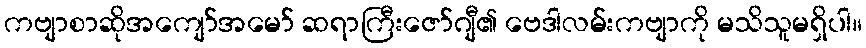
ကဗျာစာဆိုအကျော်အမော် ဆရာကြီးဇော်ဂျီ၏ ဗေဒါလမ်းကဗျာကို မသိသူမရှိပါ။